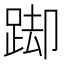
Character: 踋